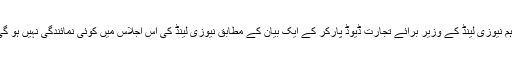
تاہم نیوزی لینڈ کے وزیر برائے تجارت ڈیوڈ پارکر کے ایک بیان کے مطابق نیوزی لینڈ کی اس اجلاس میں کوئی نمائندگی نہیں ہو گی۔